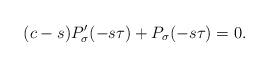
LaTeX: \begin{align*} (c-s)P'_\sigma(-s \tau) +P_\sigma(-s\tau)=0.\end{align*}